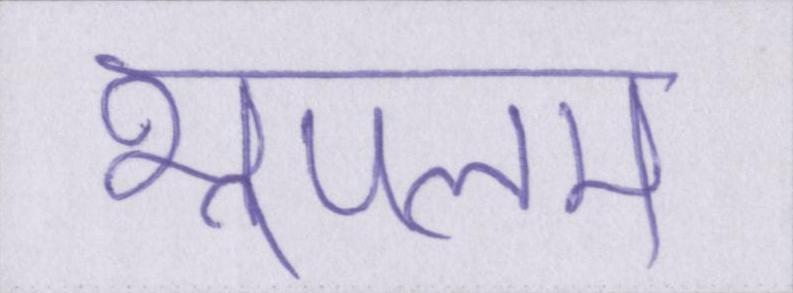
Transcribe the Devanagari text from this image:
भूपलम